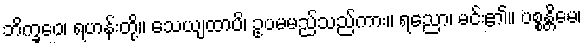
ဘိက္ခဝေ၊ ရဟန်းတို့။ သေယျထာပိ၊ ဥပမမည်သည်ကား။ ရညော၊ မင်း၏။ ပစ္စန္တိမေ၊